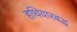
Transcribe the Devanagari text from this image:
हथियारबद्ध